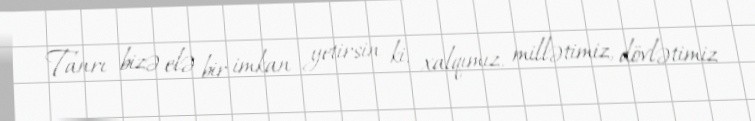
Tanrı bizə elə bir imkan yetirsin ki, xalqımız, millətimiz, dövlətimiz